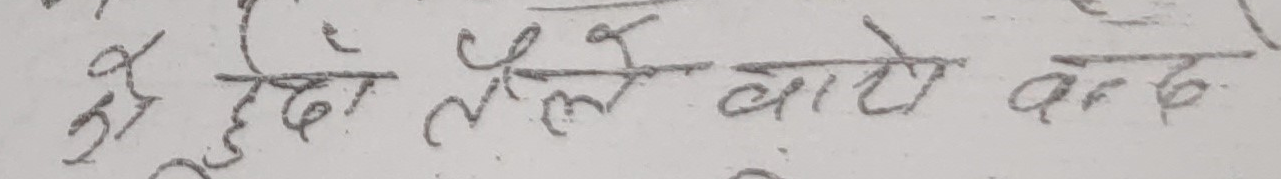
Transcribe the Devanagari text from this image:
दुहेदौ लैले बाटो बक